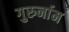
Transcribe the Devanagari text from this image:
गुरुर्नाम